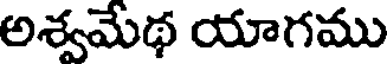
అశ్వమేథ యాగము